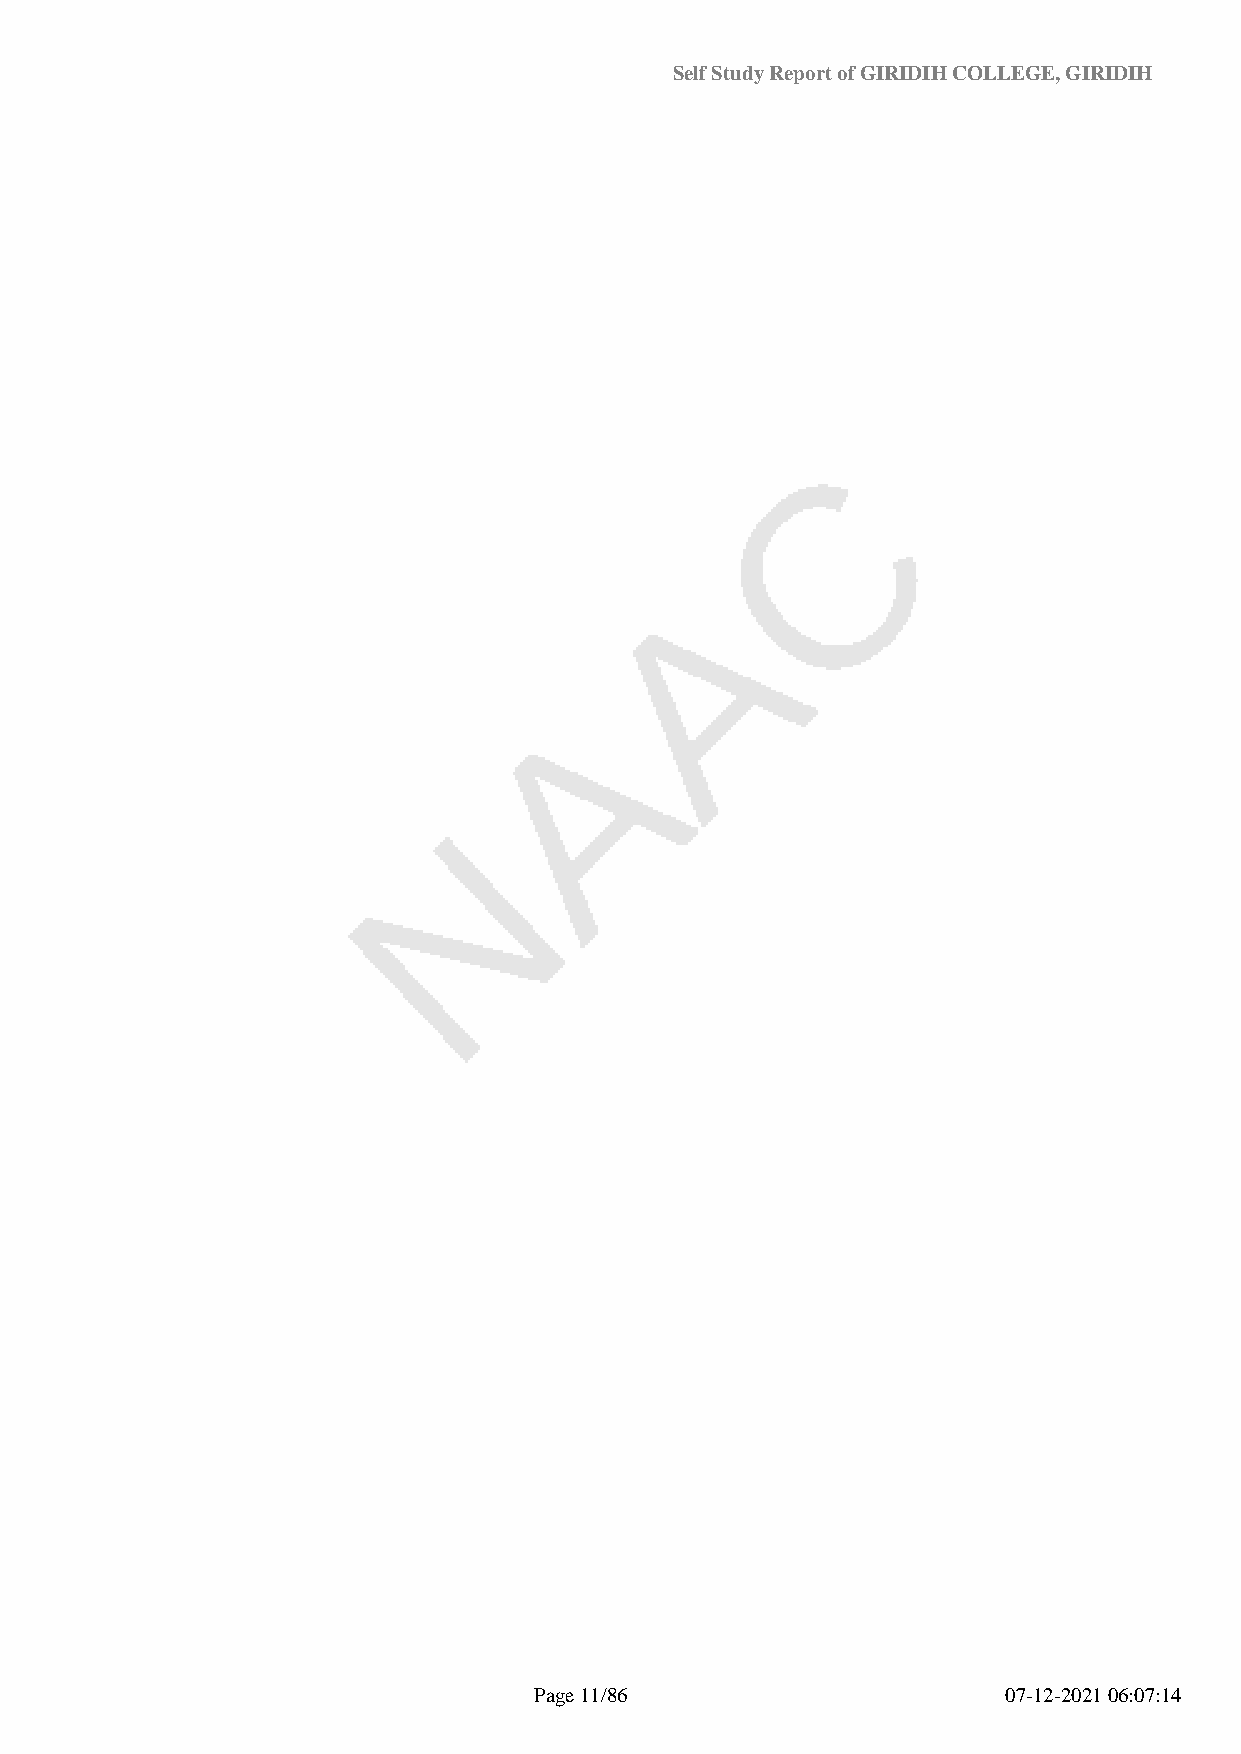
Self Study Report of GIRIDIH COLLEGE, GIRIDIH
 Page 11/86                      07-12-2021 06:07:14